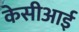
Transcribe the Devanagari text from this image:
केसीआई